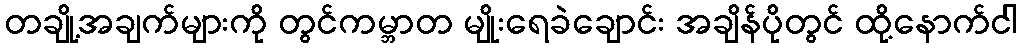
တချို့အချက်များကို တွင်ကမ္ဘာတ မျိုးရေခဲချောင်း အချိန်ပိုတွင် ထို့နောက်ငါ